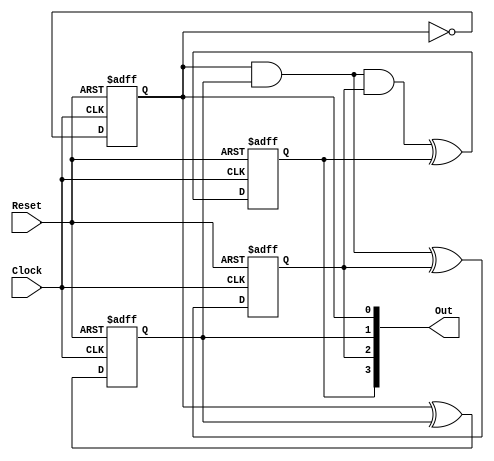
// UpCounter
//
// Purpose:
//    Up counter that begins at 0000 on reset, and overflows from 1111 to 0000. Increments on Posedge clock
//
// Parameters:
//    [in] clk, reset
//
// Returns:
//    [out]Out
//
// Module:
//    Synchronous Up counter
//
// Author:
//    Zhengjie, Zhu
// Rev. 1 15 January 2017
//-----------------------------------------------------------

module UpCounter(
	Clock,
	Reset,
	Out
);


input wire	Clock;
input wire	Reset;
output wire	[3:0] Out;

wire	Clock_Node;
reg	[3:0] Q;
wire	reset_node;
wire	SYNTHESIZED_WIRE_0;
wire	SYNTHESIZED_WIRE_1;
wire	SYNTHESIZED_WIRE_2;
wire	SYNTHESIZED_WIRE_3;
wire	SYNTHESIZED_WIRE_7;
wire	SYNTHESIZED_WIRE_6;





always@(posedge Clock_Node or negedge reset_node)
begin
if (!reset_node)
	begin
	Q[0] <= 0;
	end
else
	begin
	Q[0] <= SYNTHESIZED_WIRE_0;
	end
end


always@(posedge Clock_Node or negedge reset_node)
begin
if (!reset_node)
	begin
	Q[1] <= 0;
	end
else
	begin
	Q[1] <= SYNTHESIZED_WIRE_1;
	end
end


always@(posedge Clock_Node or negedge reset_node)
begin
if (!reset_node)
	begin
	Q[2] <= 0;
	end
else
	begin
	Q[2] <= SYNTHESIZED_WIRE_2;
	end
end


always@(posedge Clock_Node or negedge reset_node)
begin
if (!reset_node)
	begin
	Q[3] <= 0;
	end
else
	begin
	Q[3] <= SYNTHESIZED_WIRE_3;
	end
end

assign	SYNTHESIZED_WIRE_7 = Q[0] & Q[1];

assign	SYNTHESIZED_WIRE_6 = SYNTHESIZED_WIRE_7 & Q[2];

assign	SYNTHESIZED_WIRE_0 =  ~Q[0];

assign	SYNTHESIZED_WIRE_1 = Q[0] ^ Q[1];

assign	SYNTHESIZED_WIRE_2 = SYNTHESIZED_WIRE_7 ^ Q[2];

assign	SYNTHESIZED_WIRE_3 = SYNTHESIZED_WIRE_6 ^ Q[3];

assign	Out = Q;
assign	reset_node = Reset;
assign	Clock_Node = Clock;

endmodule